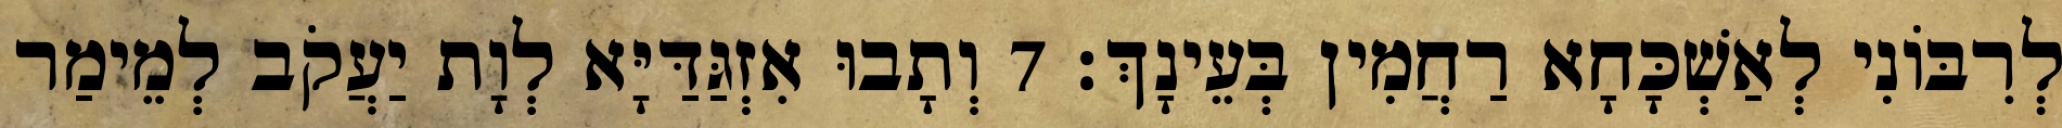
לְרִבּוֹנִי לְאַשְׁכָּחָא רַחֲמִין בְּעֵינָךְ׃ 7 וְתָבוּ אִזְגַּדַּיָּא לְוָת יַעֲקֹב לְמֵימַר